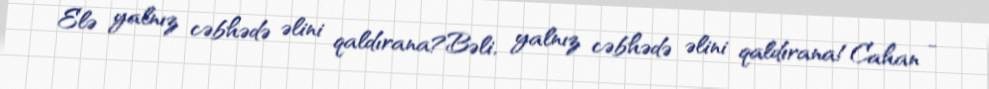
Elə yalnız cəbhədə əlini qaldırana?Bəli, yalnız cəbhədə əlini qaldırana!Cahan -